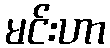
မင်းဟာ